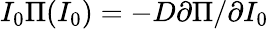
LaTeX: I_{0}\Pi(I_{0})=-D\partial\Pi/\partial I_{0}